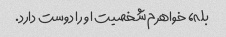
بله، خواهرم شخصیت او را دوست دارد.